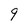
Character: 9